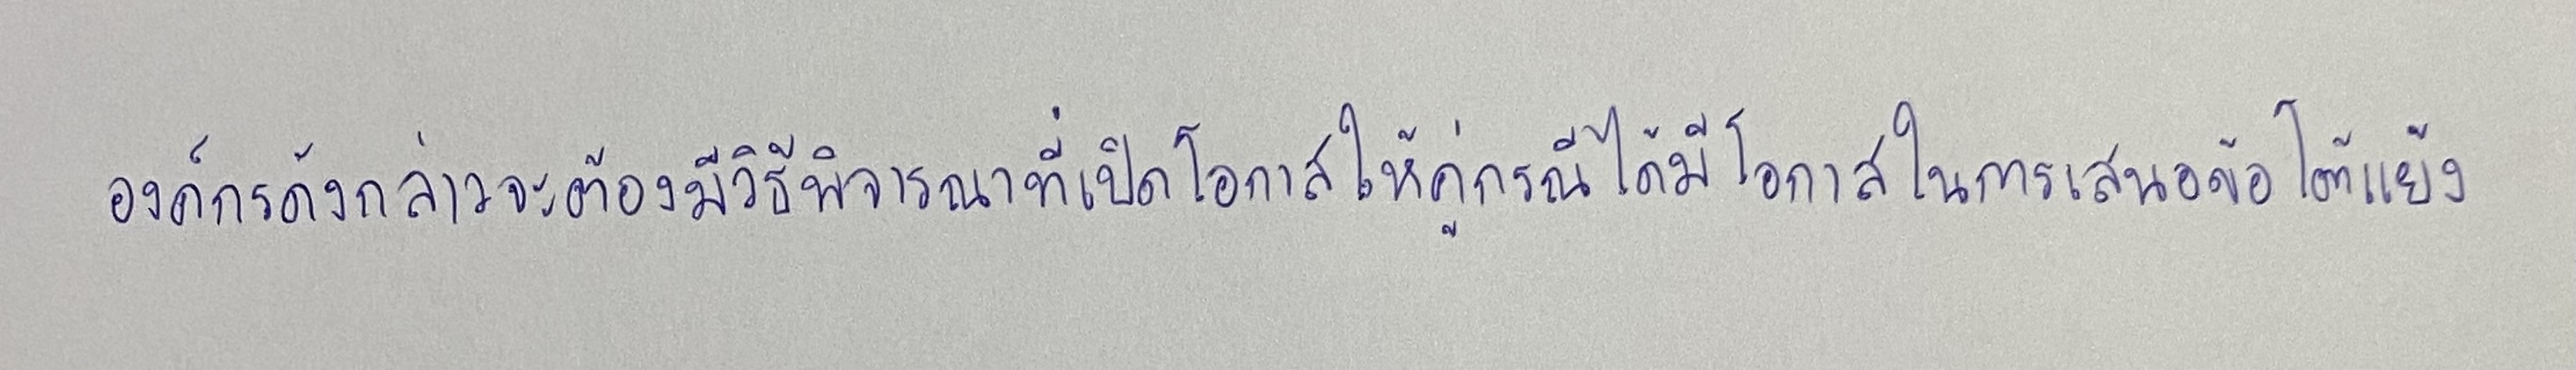
องค์กรดังกล่าวจะต้องมีวิธีพิจารณาที่เปิดโอกาสให้คู่กรณีได้มีโอกาสในการเสนอข้อโต้แย้ง